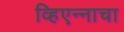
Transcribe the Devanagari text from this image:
व्हिएन्नाचा